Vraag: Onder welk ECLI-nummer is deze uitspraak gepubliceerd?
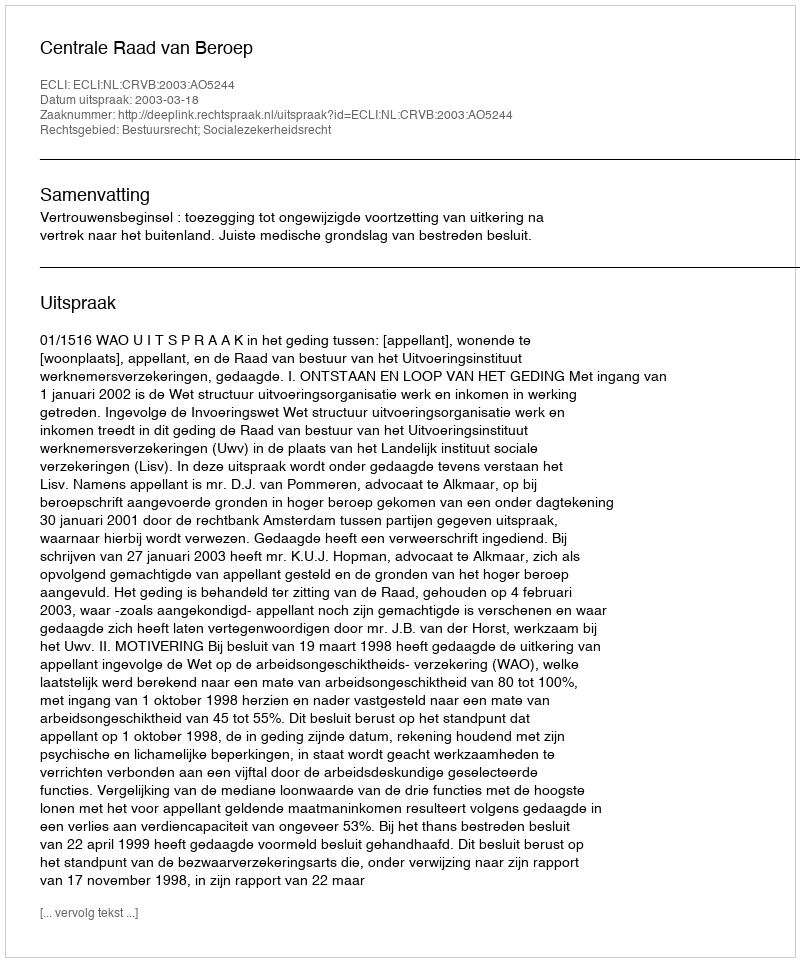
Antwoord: ECLI:NL:CRVB:2003:AO5244